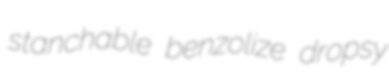
stanchable benzolize dropsy